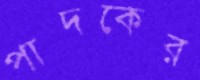
পাদকের